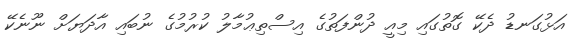
އަޅުގަނޑު ދެކޭ ގޮތުގައި މިއީ ދުންފަތުގެ އިސްތިޢުމާލު ކުރުމުގެ ނުބައި އާދަޔަށް ނޫނެކޭ